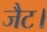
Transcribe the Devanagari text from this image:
जैट।